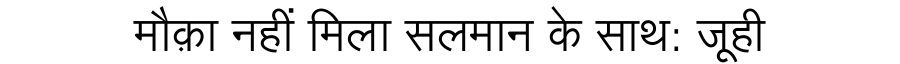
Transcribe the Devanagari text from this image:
मौक़ा नहीं मिला सलमान के साथ: जूही